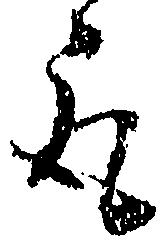
取